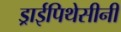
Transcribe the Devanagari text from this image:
ड्राईपिथेसीनी